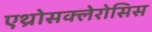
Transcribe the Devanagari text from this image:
एथ्रोसक्लेरोसिस